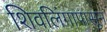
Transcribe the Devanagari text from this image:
शिवलिंगापासून